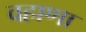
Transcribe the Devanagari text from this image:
वहाणा